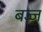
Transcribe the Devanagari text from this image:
बज़्ज़